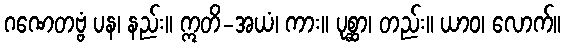
ဂဏေတဗ္ဗံ ပန၊ နည်း။ ဣတိ-အယံ၊ ကား။ ပုစ္ဆာ၊ တည်း။ ယာဝ၊ လောက်။